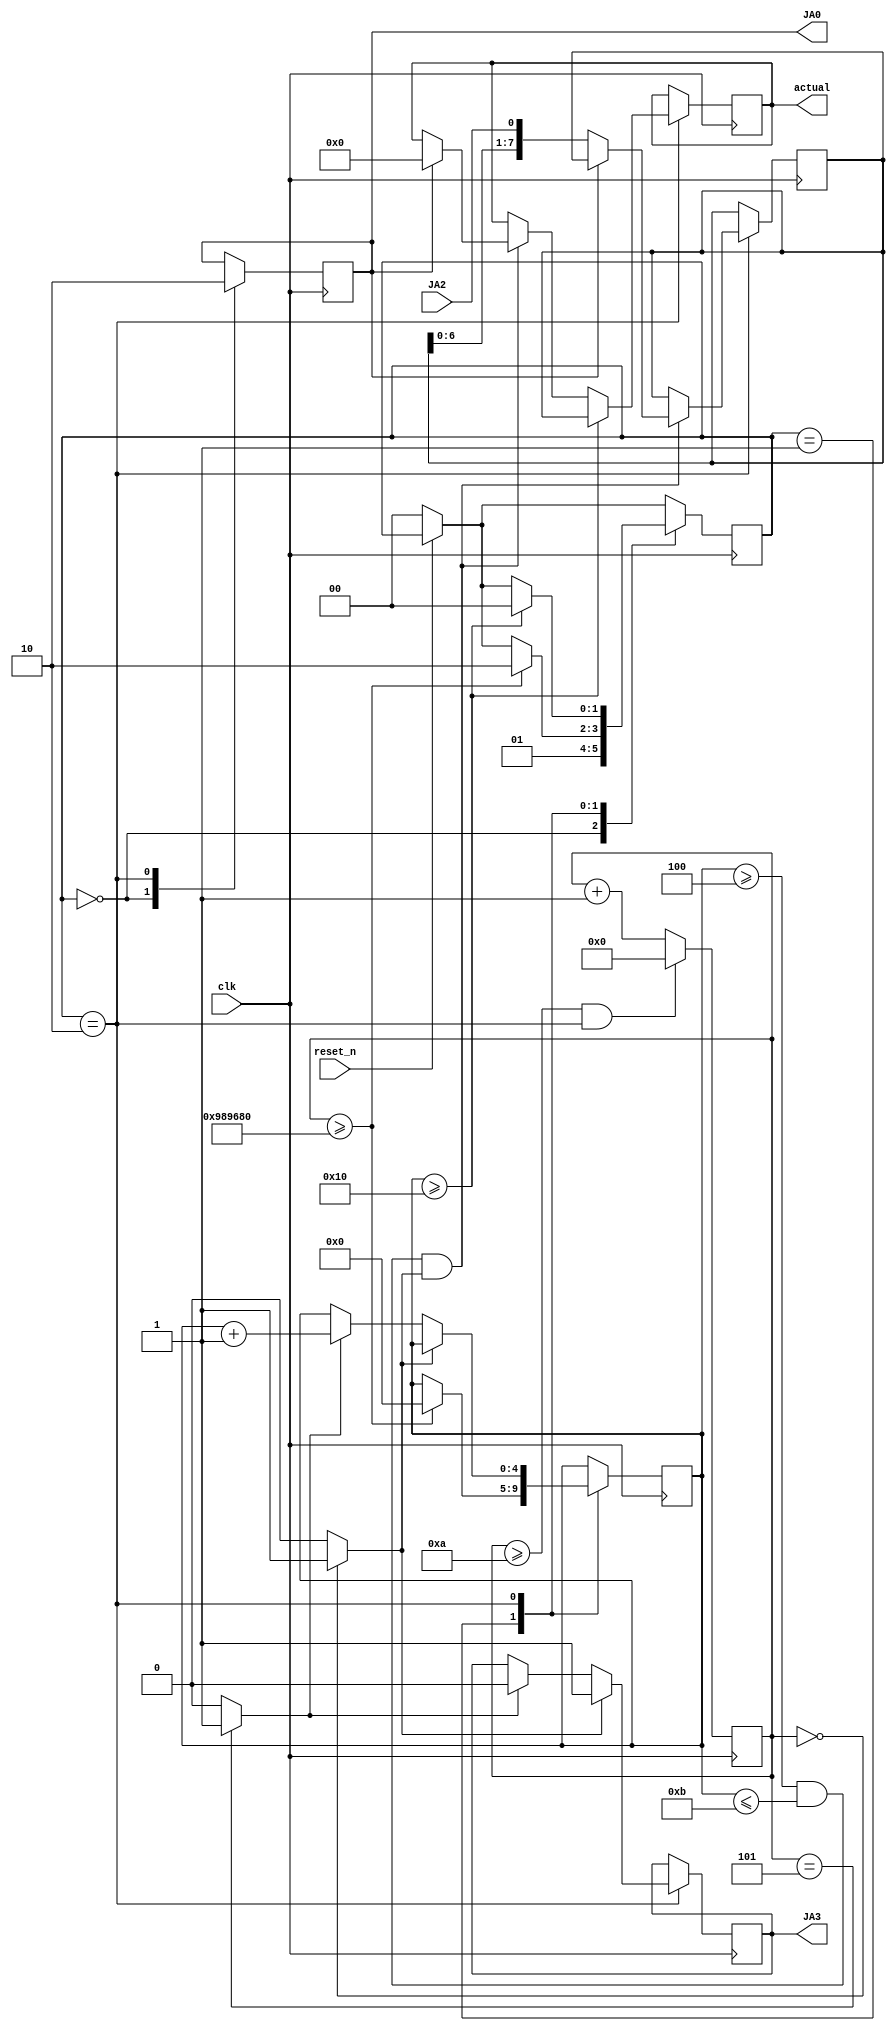
`timescale 1ns / 1ps
//////////////////////////////////////////////////////////////////////////////////
// Company: WPI
// 
// Design Name: Light Sensor
// Module Name: light_sensor
// Project Name: ECE 3829 Lab 3
// Target Devices: Basys 3 Board
// Tool Versions: 2021.1
// Description: BFM Light sensor module
// 
// Dependencies: 
// 
// Revision:
// Revision 0.01 - File Created
// Additional Comments:
// 
//////////////////////////////////////////////////////////////////////////////////


module light_sensor
#( parameter TERM_COUNT = 10_000_000,
 parameter SIZE = 32)(
    input clk, // 10MHz clk
    input reset_n,
    input JA2, // SD0
    output reg JA0, // Chip Select
    output reg JA3, // sclk
    output reg [7:0]actual // 8-bit sensor reading
    );
    
// Registers
reg [1:0]state; // State reg for FSM
reg [32:0]counter; // 1 sec delay
reg [4:0]sclk_counter; // 5-bit chip select counter
reg [7:0]intermediateOut; // Intermediate output to transfer data to output

wire rising_edge;
wire falling_edge;
    
// Parameters
localparam C_RISE_EDGE = 0;
localparam C_FALL_EDGE = 5;
localparam RESET = 2'b00;
localparam WAIT = 2'b01;
localparam READ = 2'b10;
    
assign rising_edge = (counter == C_RISE_EDGE) ? 1'b1 : 1'b0;
assign falling_edge = (counter == C_FALL_EDGE) ? 1'b1 : 1'b0;

// Clock Frequency Divider
always @ (posedge clk) begin        
    if (counter >= 10 && state == READ) begin // Reset counter if 10 and in read
        counter <= 0;
    end
    else begin
        counter <= counter + 1; // Counter += 1
    end
end
    
always @ (posedge clk) begin 
    if (reset_n == 0) begin
        state <= RESET; // Reset state 
    end       
    case (state)
        RESET : begin // Initialize interface
            JA0 <= 1; // Chip select high
            state <= WAIT;
        end
        WAIT : begin // Wait state to reset clock frequency divider and to control sampling time
            if (counter >= TERM_COUNT) begin 
                sclk_counter <= 0; 
                state <= READ; 
            end
        end
        READ : begin
            JA0 <= 0; // Chip select low
            if (rising_edge) begin
                JA3 <= 1;
            end
            else if (falling_edge) begin
                JA3 <= 0;
                sclk_counter <= sclk_counter + 1;
            end    
            if (sclk_counter >= 4 && sclk_counter <= 11 && rising_edge) begin // Read samples
                if (JA0 == 1) begin // No readings if high
                    actual <= 0;
                end
                if (JA0 == 0) begin // Fill temp register if chip select low
                    intermediateOut <= {intermediateOut[6:0], JA2}; 
                end
            end
            if (sclk_counter >= 16) begin // sclk delay to display to 7-seg
                actual <= intermediateOut;
                state <= RESET;
            end 
        end
    endcase
end

endmodule